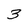
Character: 3